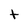
Character: t